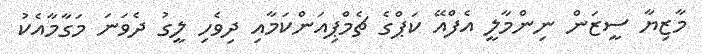
މާޒިޔާ ސީޒަން ނިންމާލީ އެފްއޭ ކަޕްގެ ޗެމްޕިއަންކަމާއި ދިވެހި ލީގު ދެވަނަ މަގާމާއެކު